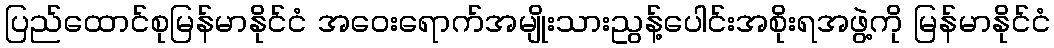
ပြည်ထောင်စုမြန်မာနိုင်ငံ အဝေးရောက်အမျိုးသားညွန့်ပေါင်းအစိုးရအဖွဲ့ကို မြန်မာနိုင်ငံ